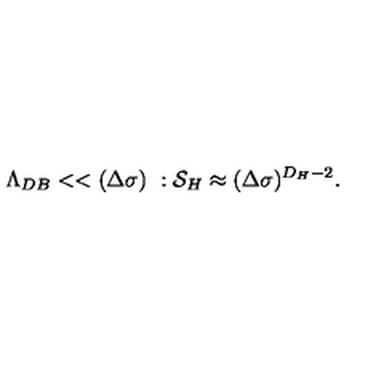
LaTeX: \Lambda _ { D B } < < ( \Delta \sigma ) \ : { \cal S } _ { H } \approx ( \Delta \sigma ) ^ { D _ { H } - 2 } .